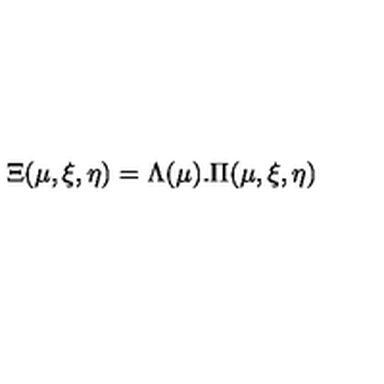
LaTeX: \Xi ( \mu , \xi , \eta ) = \Lambda ( \mu ) . \Pi ( \mu , \xi , \eta )